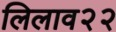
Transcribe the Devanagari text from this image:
लिलाव२२